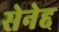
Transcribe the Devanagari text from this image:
सेनेद्द